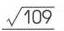
\(\sqrt{109}\)